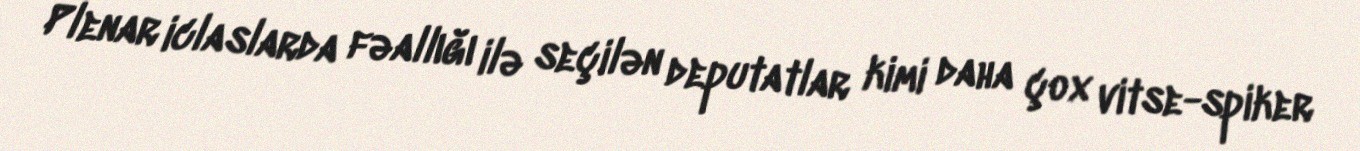
Plenar iclaslarda fəallığı ilə seçilən deputatlar kimi daha çox vitse-spiker